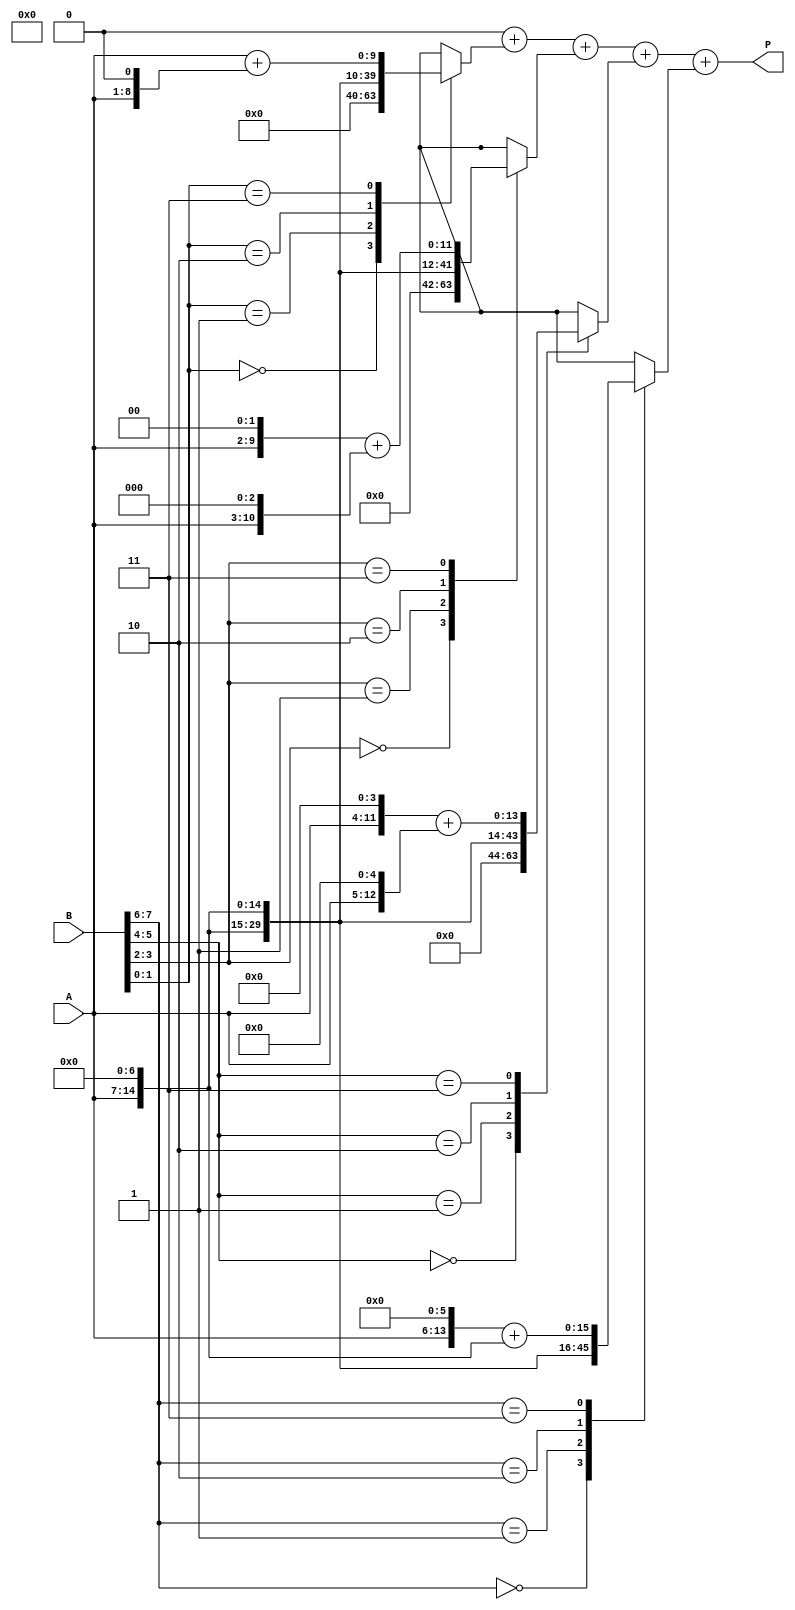
module radix4_multiplier #(parameter WIDTH = 8) (
    input [WIDTH-1:0] A,          // Multiplicand
    input [WIDTH-1:0] B,          // Multiplier
    output reg [2*WIDTH-1:0] P    // Product output
);
    reg [2*WIDTH-1:0] partial_products [(WIDTH/2)-1:0];
    integer i;

    // Partial product generation
    always @(*) begin
        // Initialize partial products to zero
        for (i = 0; i < WIDTH/2; i = i + 1) begin
            partial_products[i] = 0;
        end
        
        // Generate partial products based on Radix-4 rules
        for (i = 0; i < WIDTH/2; i = i + 1) begin
            case (B[2*i +: 2]) // Take 2 bits at a time
                2'b00: partial_products[i] = 0;
                2'b01: partial_products[i] = A << (2 * i);     // A * 01
                2'b10: partial_products[i] = A << (2 * i + 1); // A * 10
                2'b11: partial_products[i] = (A << (2 * i)) + (A << (2 * i + 1)); // A * 11
                default: partial_products[i] = 0;
            endcase
        end
    end

    // Final product accumulation
    always @(*) begin
        P = 0; // Initialize product to zero
        for (i = 0; i < WIDTH/2; i = i + 1) begin
            P = P + partial_products[i];
        end
    end
endmodule